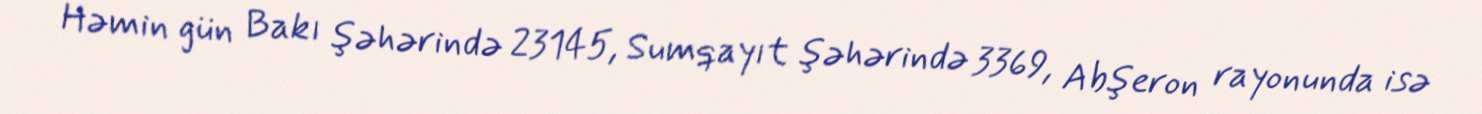
Həmin gün Bakı şəhərində 23145, Sumqayıt şəhərində 3369, Abşeron rayonunda isə